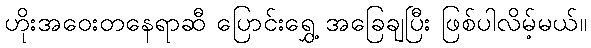
ဟိုးအဝေးတနေရာဆီ ပြောင်းရွှေ့ အခြေချပြီး ဖြစ်ပါလိမ့်မယ်။